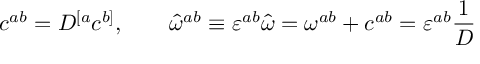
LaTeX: c ^ { a b } = { \cal D } ^ { [ a } c ^ { b ] } , \quad \quad \hat { \omega } ^ { a b } \equiv \varepsilon ^ { a b } \hat { \omega } = \omega ^ { a b } + c ^ { a b } = \varepsilon ^ { a b } { \frac { 1 } { D } }